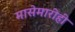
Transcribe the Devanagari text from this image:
मासेमारीही